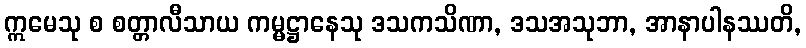
ဣမေသု စ စတ္တာလီသာယ ကမ္မဋ္ဌာနေသု ဒသကသိဏာ, ဒသအသုဘာ, အာနာပါနဿတိ,